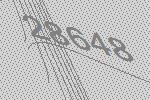
28648